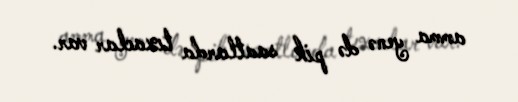
amma yenə də pik saatlarda tıxaclar var.